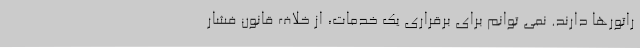
راتورها دارند. نمی توانم برای برقراری یک خدمات، از خلاف قانون فشار